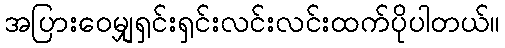
အပြားဝေမျှရှင်းရှင်းလင်းလင်းထက်ပိုပါတယ်။